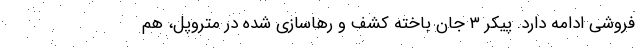
فروشی ادامه دارد. پیکر ۳ جان باخته کشف و رهاسازی شده در متروپل، هم